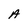
Character: A